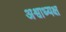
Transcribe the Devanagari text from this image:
अश्वाध्यक्ष